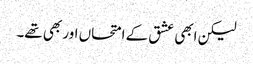
لیکن ابھی عشق کے امتحاں اور بھی تھے۔